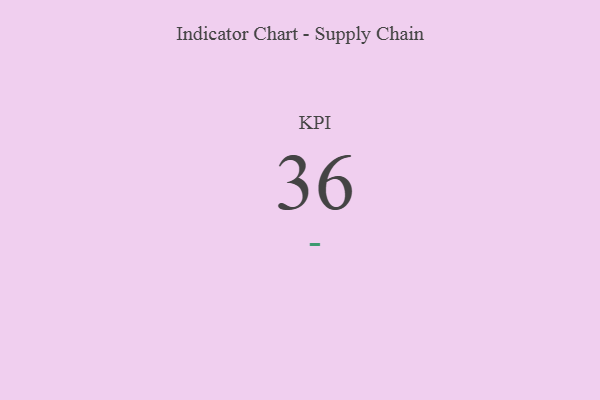
{"axis": {"x": "KPI", "y": "Value"}, "legend": [""], "data": [{"x": "KPI", "y": 36, "type": ""}]}